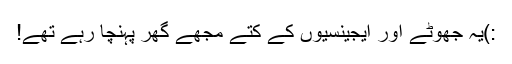
:)یہ جھوٹے اور ایجینسیوں کے کتے مجھے گھر پہنچا رہے تھے!